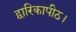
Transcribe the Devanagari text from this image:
द्वारिकापीठ।